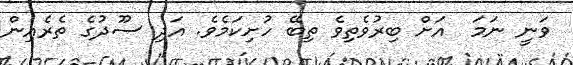
ވަނީ ނަމަ  އަށް ބިރުވެތިވެ ތިބޭ ހުށިކަމެވެ. އަދި ސޫދުގެ ތެރެއިން